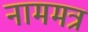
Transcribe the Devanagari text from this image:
नाममत्र